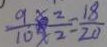
\frac { 9 \times 2 } { 1 0 \times 2 } = \frac { 1 8 } { 2 0 }